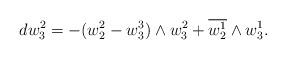
LaTeX: \begin{align*}dw_3^2=-(w_2^2-w_3^3)\wedge w_3^2+\overline {w_2^1}\wedge w_3^1.\end{align*}